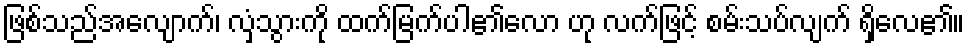
ဖြစ်သည်အလျောက်၊ လှံသွားကို ထက်မြက်ပါ၏လော ဟု လက်ဖြင့် စမ်းသပ်လျက် ရှိလေ၏။